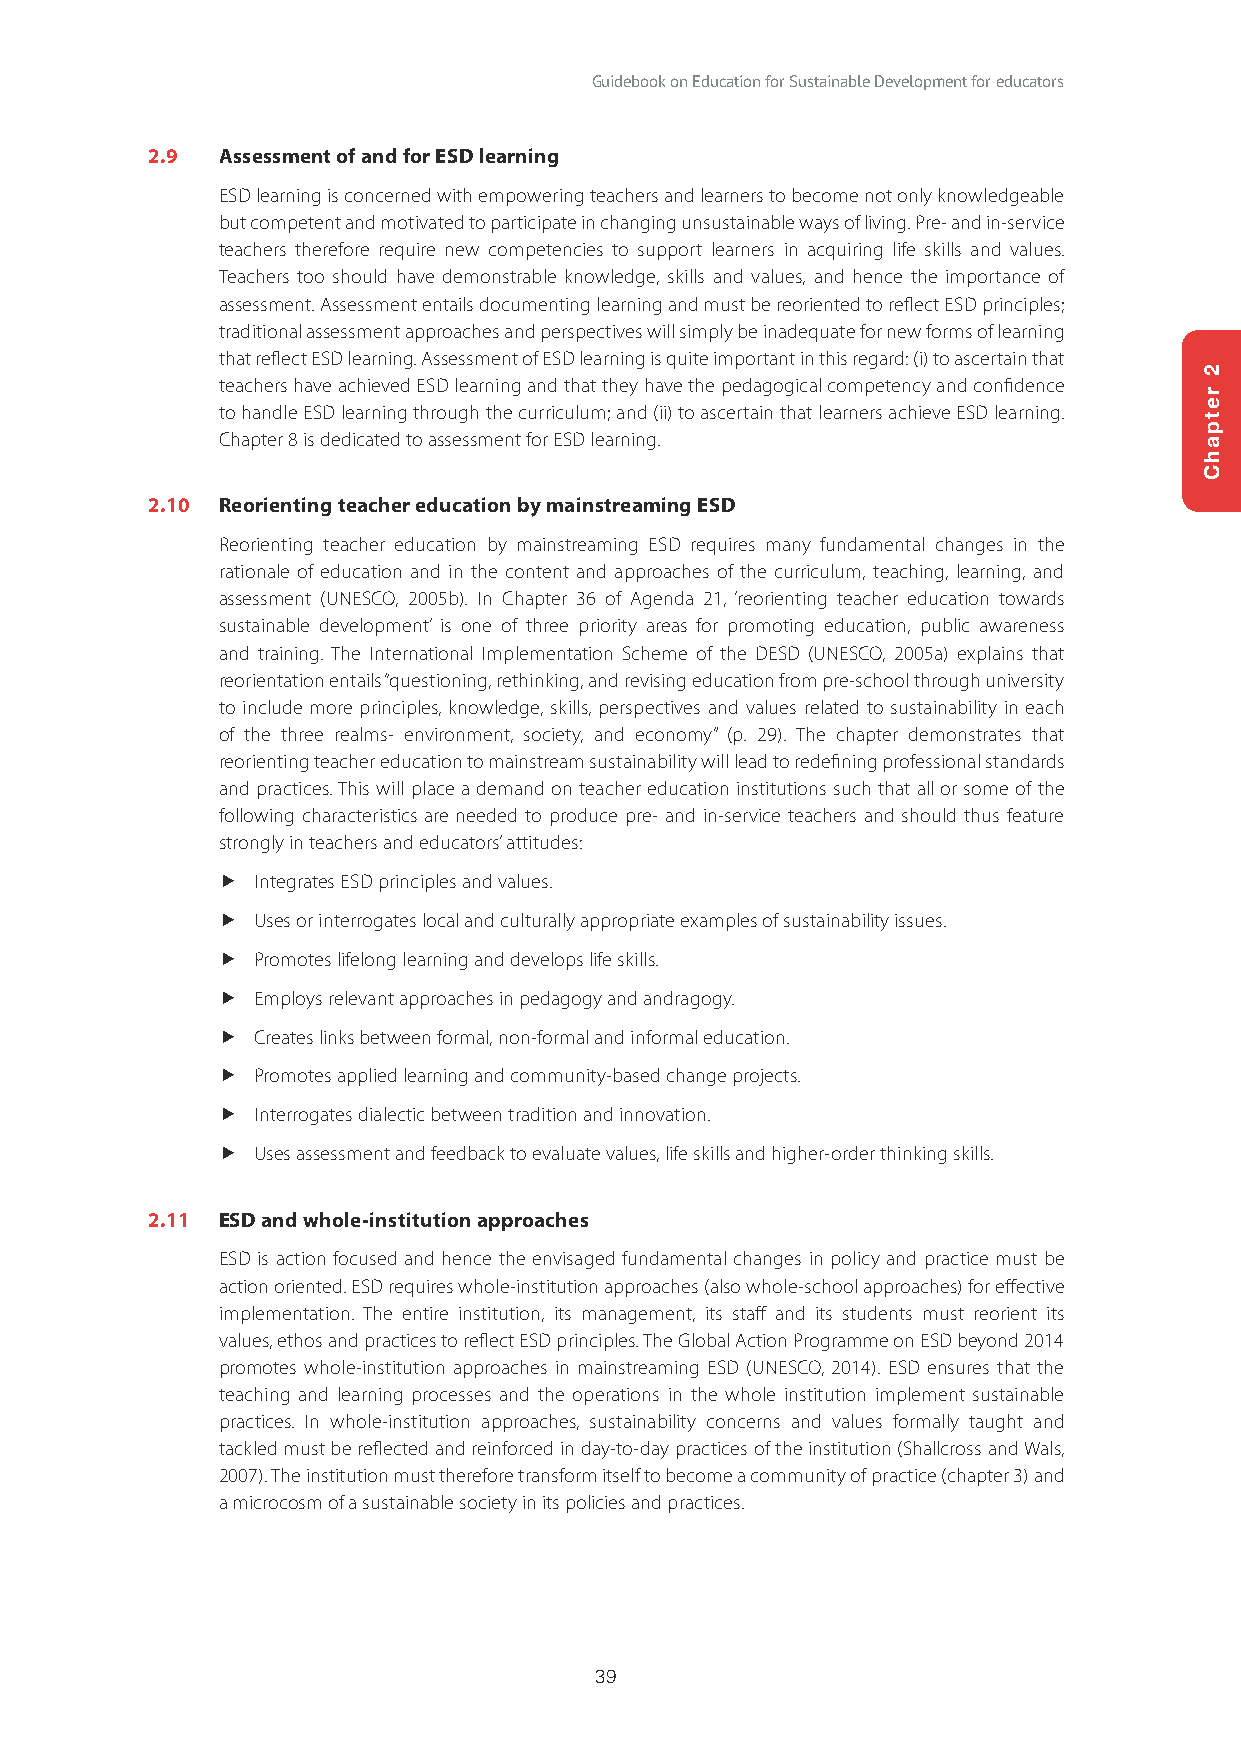
Guidebook on Education for Sustainable Development for educators
 2.9 Assessment of and for ESD learning
 ESD learning is concerned with empowering teachers and learners to become not only knowledgeable
 but competent and motivated to participate in changing unsustainable ways of living. Pre- and in-service
 teachers therefore require new competencies to support learners in acquiring life skills and values.
 Teachers too should have demonstrable knowledge, skills and values, and hence the importance of
 assessment. Assessment entails documenting learning and must be reoriented to reflect ESD principles;
 traditional assessment approaches and perspectives will simply be inadequate for new forms of learning
 that reflect ESD learning. Assessment of ESD learning is quite important in this regard: (i) to ascertain that
 teachers have achieved ESD learning and that they have the pedagogical competency and confidence
 to handle ESD learning through the curriculum; and (ii) to ascertain that learners achieve ESD learning.
 Chapter 8 is dedicated to assessment for ESD learning.
 2.10 Reorienting teacher education by mainstreaming ESD
 Reorienting teacher education by mainstreaming ESD requires many fundamental changes in the
 rationale of education and in the content and approaches of the curriculum, teaching, learning, and
 assessment (UNESCO, 2005b). In Chapter 36 of Agenda 21, ‘reorienting teacher education towards
 sustainable development’ is one of three priority areas for promoting education, public awareness
 and training. The International Implementation Scheme of the DESD (UNESCO, 2005a) explains that
 reorientation entails “questioning, rethinking, and revising education from pre-school through university
 to include more principles, knowledge, skills, perspectives and values related to sustainability in each
 of the three realms- environment, society, and economy” (p. 29). The chapter demonstrates that
 reorienting teacher education to mainstream sustainability will lead to redefining professional standards
 and practices. This will place a demand on teacher education institutions such that all or some of the
 following characteristics are needed to produce pre- and in-service teachers and should thus feature
 strongly in teachers and educators’ attitudes:
   Integrates ESD principles and values.
   Uses or interrogates local and culturally appropriate examples of sustainability issues.
   Promotes lifelong learning and develops life skills.
   Employs relevant approaches in pedagogy and andragogy.
   Creates links between formal, non-formal and informal education.
   Promotes applied learning and community-based change projects.
   Interrogates dialectic between tradition and innovation.
   Uses assessment and feedback to evaluate values, life skills and higher-order thinking skills.
 2.11 ESD and whole-institution approaches
 ESD is action focused and hence the envisaged fundamental changes in policy and practice must be
 action oriented. ESD requires whole-institution approaches (also whole-school approaches) for effective
 implementation. The entire institution, its management, its staff and its students must reorient its
 values, ethos and practices to reflect ESD principles. The Global Action Programme on ESD beyond 2014
 promotes whole-institution approaches in mainstreaming ESD (UNESCO, 2014). ESD ensures that the
 teaching and learning processes and the operations in the whole institution implement sustainable
 practices. In whole-institution approaches, sustainability concerns and values formally taught and
 tackled must be reflected and reinforced in day-to-day practices of the institution (Shallcross and Wals,
 2007). The institution must therefore transform itself to become a community of practice (chapter 3) and
 a microcosm of a sustainable society in its policies and practices.
 39
 2
 retpahC